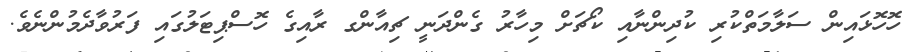
ހޮހޮޅައިން ސަލާމަތްކުރި ކުދިންނާއި ކޯޗަށް މިހާރު ގެންދަނީ ޗިއާންގ ރާއިގެ ހޮސްޕިޓަލުގައި ފަރުވާދެމުންނެވެ.